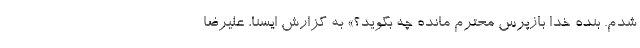
شدم. بنده خدا بازپرس محترم مانده چه بگوید؟» به گزارش ایسنا، علیرضا